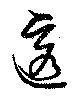
透